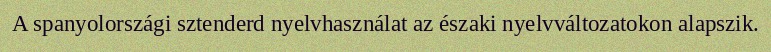
A spanyolországi sztenderd nyelvhasználat az északi nyelvváltozatokon alapszik.